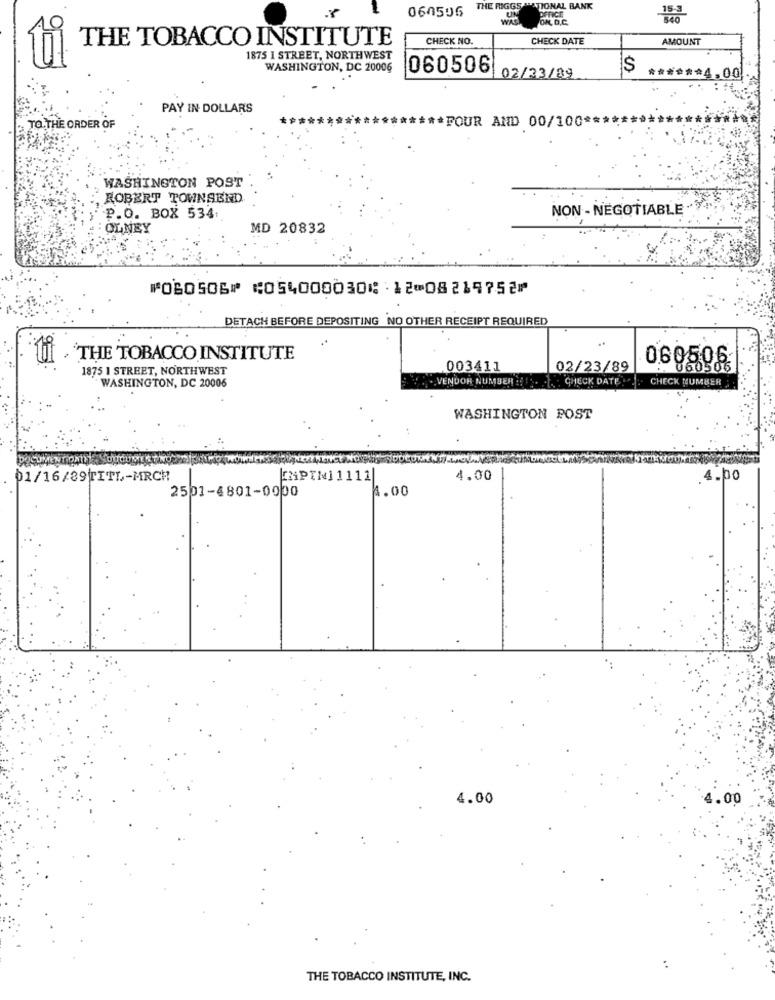
THE RIGGS "ATIONAL BANK
UN
060506
PON, D.C.
THE TOBACCO INSTITUTE
CHECK NO.
CHECK DATE
AMOUNT
1875 I STREET, NORTHWEST
WASHINGTON, DC 20006
060506
$
02/23/89
****** 4,00
PAY IN DOLLARS
TO THE ORDER OF
*************** POUR AND 00/100 ******
WASHINGTON POST
ROBERT TOWNSEND
NON- NEGOTIABLE . V .:
P.O. BOX 534.
OLNEY
MD 20832
⑈060506⑈ ⑆054000030⑆ 12⑉08219752⑈
DETACH BEFORE DEPOSITING NO OTHER RECEIPT REQUIRED
THE TOBACCO INSTITUTE
1875 1 STREET, NORTHWEST
003411
02/23/89
069506
.. VENDOR NUMBER !!! .. ... CHECK DATE : CHECK NUMBER
WASHINGTON, DC 20006
WASHINGTON POST
01/16/89TITL-MRCH
CHPINI1111
4.00
4.00
4.00
2501-4801-0000
4.00
00
THE TOBACCO INSTITUTE, INC.